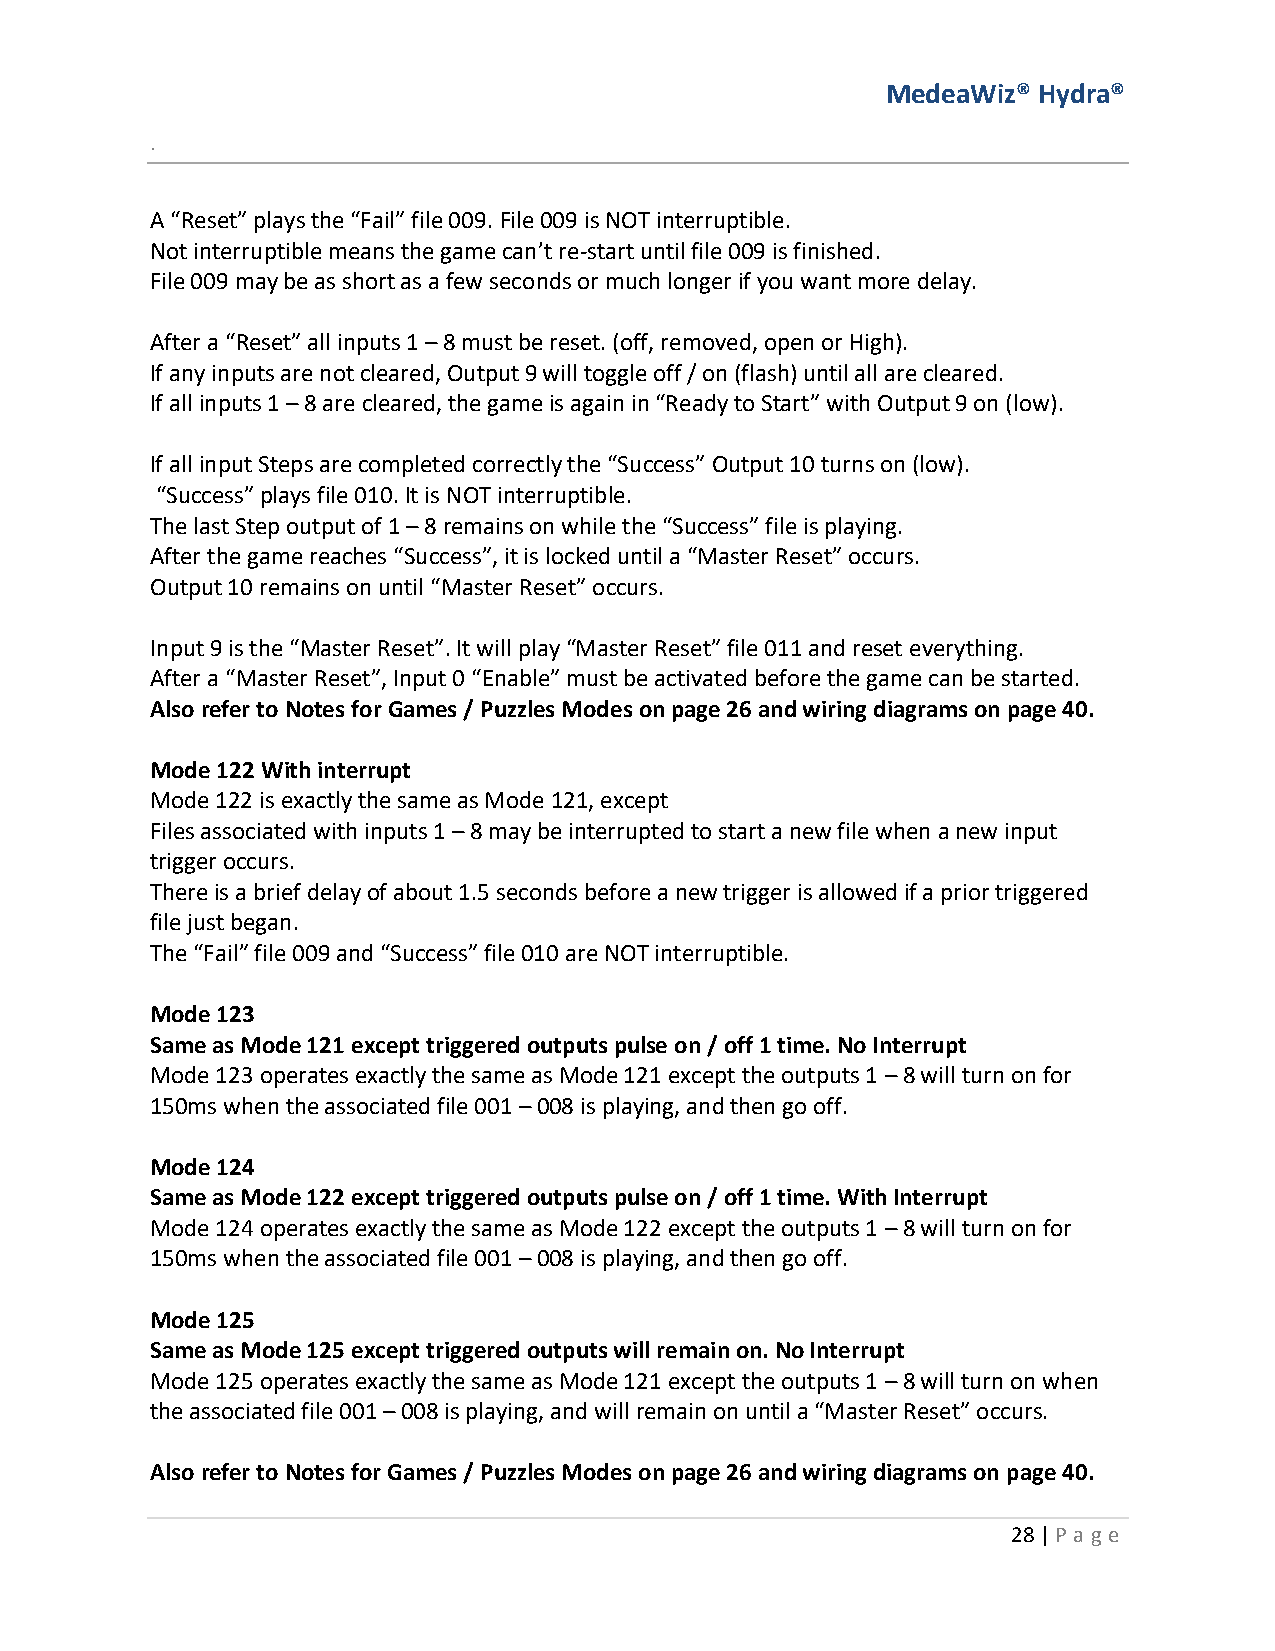
MedeaWiz® Hydra®
 .
 A “Reset” plays the “Fail” file 009. File 009 is NOT interruptible.
 Not interruptible means the game can’t re-start until file 009 is finished.
 File 009 may be as short as a few seconds or much longer if you want more delay.
 After a “Reset” all inputs 1 – 8 must be reset. (off, removed, open or High).
 If any inputs are not cleared, Output 9 will toggle off / on (flash) until all are cleared.
 If all inputs 1 – 8 are cleared, the game is again in “Ready to Start” with Output 9 on (low).
 If all input Steps are completed correctly the “Success” Output 10 turns on (low).
 “Success” plays file 010. It is NOT interruptible.
 The last Step output of 1 – 8 remains on while the “Success” file is playing.
 After the game reaches “Success”, it is locked until a “Master Reset” occurs.
 Output 10 remains on until “Master Reset” occurs.
 Input 9 is the “Master Reset”. It will play “Master Reset” file 011 and reset everything.
 After a “Master Reset”, Input 0 “Enable” must be activated before the game can be started.
 Also refer to Notes for Games / Puzzles Modes on page 26 and wiring diagrams on page 40.
 Mode 122 With interrupt
 Mode 122 is exactly the same as Mode 121, except
 Files associated with inputs 1 – 8 may be interrupted to start a new file when a new input
 trigger occurs.
 There is a brief delay of about 1.5 seconds before a new trigger is allowed if a prior triggered
 file just began.
 The “Fail” file 009 and “Success” file 010 are NOT interruptible.
 Mode 123
 Same as Mode 121 except triggered outputs pulse on / off 1 time. No Interrupt
 Mode 123 operates exactly the same as Mode 121 except the outputs 1 – 8 will turn on for
 150ms when the associated file 001 – 008 is playing, and then go off.
 Mode 124
 Same as Mode 122 except triggered outputs pulse on / off 1 time. With Interrupt
 Mode 124 operates exactly the same as Mode 122 except the outputs 1 – 8 will turn on for
 150ms when the associated file 001 – 008 is playing, and then go off.
 Mode 125
 Same as Mode 125 except triggered outputs will remain on. No Interrupt
 Mode 125 operates exactly the same as Mode 121 except the outputs 1 – 8 will turn on when
 the associated file 001 – 008 is playing, and will remain on until a “Master Reset” occurs.
 Also refer to Notes for Games / Puzzles Modes on page 26 and wiring diagrams on page 40.
 28 | P age